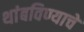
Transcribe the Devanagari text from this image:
थांबविण्याचे